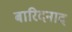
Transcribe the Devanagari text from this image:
बारिदनाद